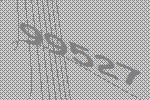
99527